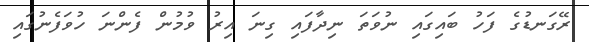
ރޭގަނޑުގެ ފަހު ބައިގައި ނުވަތަ ނިދާފައި ގިނަ އިރު ވުމުން ފެންނަ ހުވަފެނުގައި